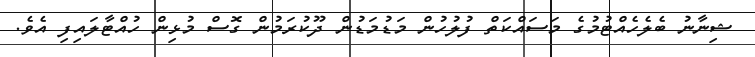
ޝިނާނު ބެލެހެއްޓުމުގެ މަސައްކަތް ފުލުހުން މަޑުމަޑުން ދޫކުރަމުން ގޮސް މުޅިން ހުއްޓާލައިފި އެވެ.